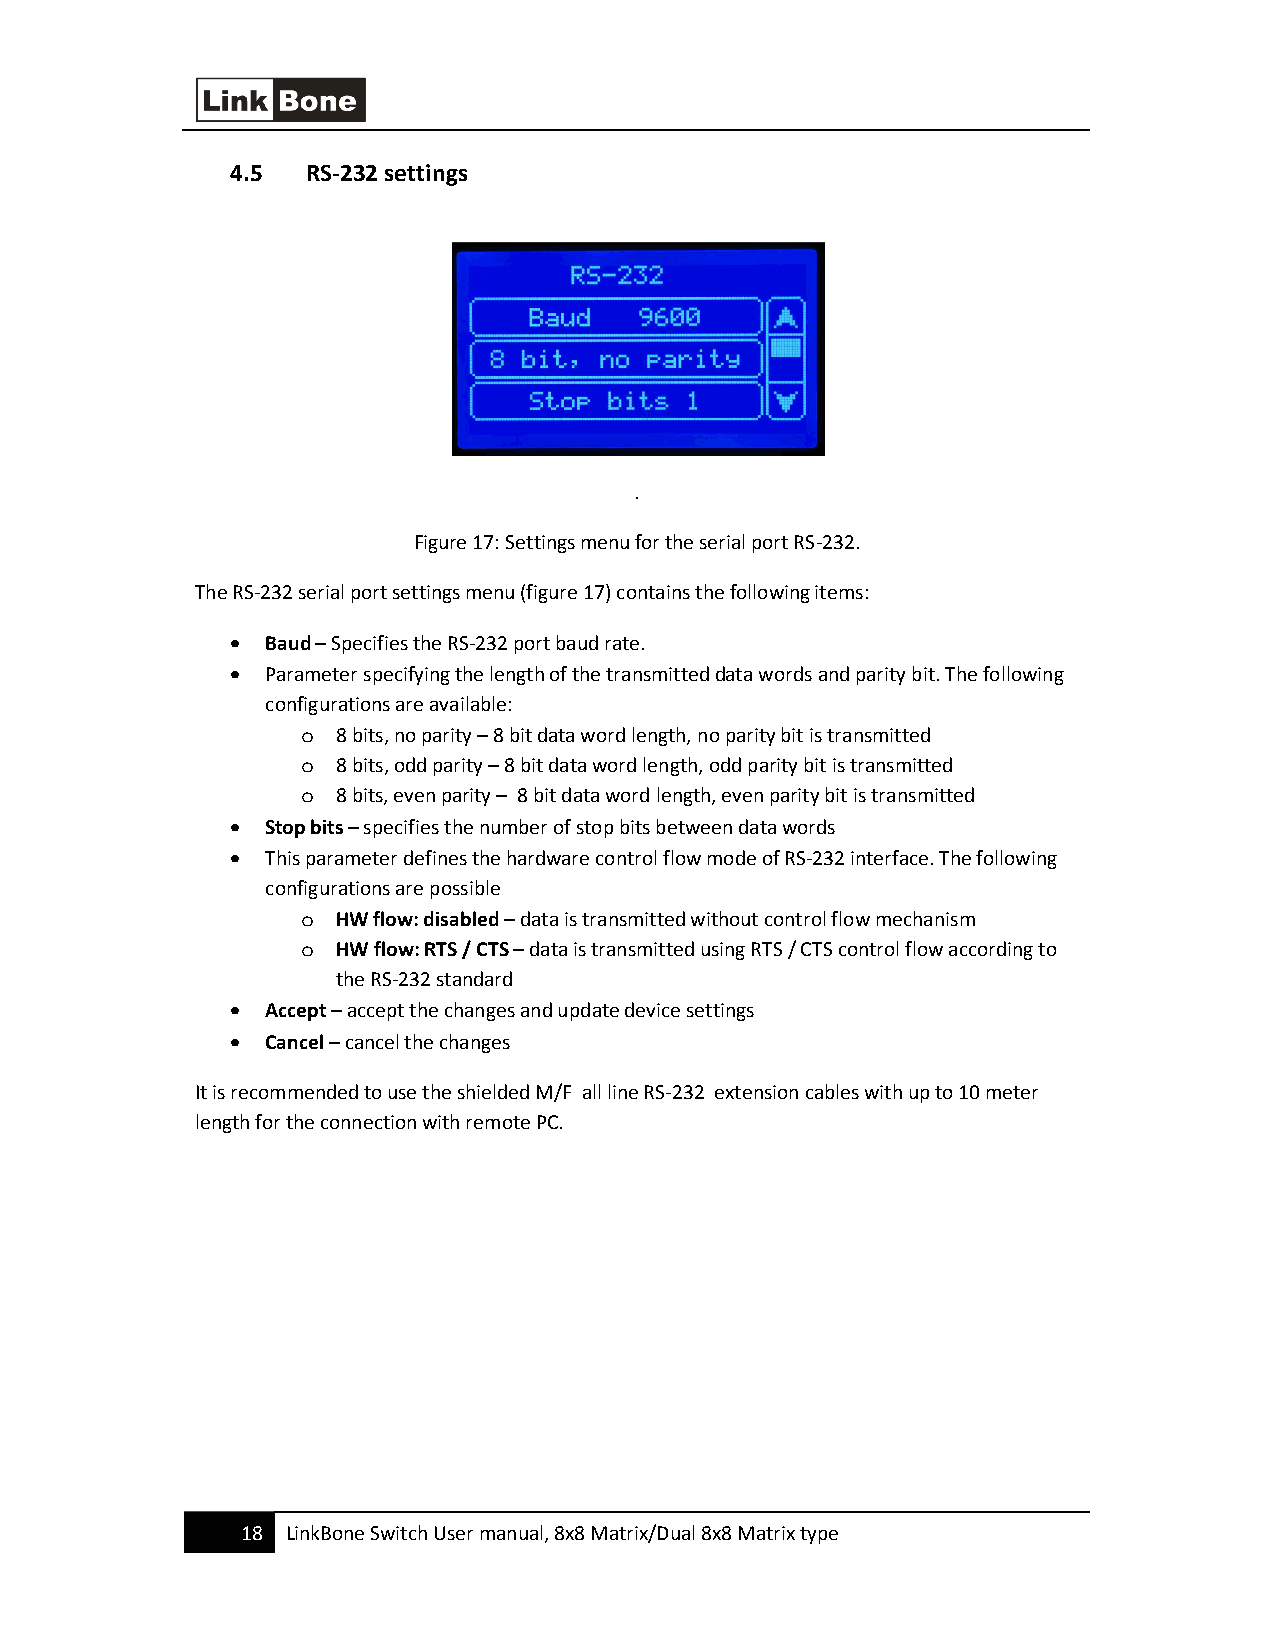
4.5  RS-232 settings
 .
 Figure 17: Settings menu for the serial port RS-232.
 The RS-232 serial port settings menu (figure 17) contains the following items:
 •  Baud – Specifies the RS-232 port baud rate.
 •  Parameter specifying the length of the transmitted data words and parity bit. The following
 configurations are available:
 o 8 bits, no parity – 8 bit data word length, no parity bit is transmitted
 o 8 bits, odd parity – 8 bit data word length, odd parity bit is transmitted
 o 8 bits, even parity – 8 bit data word length, even parity bit is transmitted
 •  Stop bits – specifies the number of stop bits between data words
 •  This parameter defines the hardware control flow mode of RS-232 interface. The following
 configurations are possible
 o HW flow: disabled – data is transmitted without control flow mechanism
 o HW flow: RTS / CTS – data is transmitted using RTS / CTS control flow according to
 the RS-232 standard
 •  Accept – accept the changes and update device settings
 •  Cancel – cancel the changes
 It is recommended to use the shielded M/F all line RS-232 extension cables with up to 10 meter
 length for the connection with remote PC.
 18 LinkBone Switch User manual, 8x8 Matrix/Dual 8x8 Matrix type